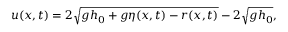
u ( x , t ) = 2 \sqrt { g h _ { 0 } + g \eta ( x , t ) - r ( x , t ) } - 2 \sqrt { g h _ { 0 } } ,